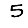
Digit: 5